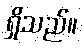
ရှိသည်။